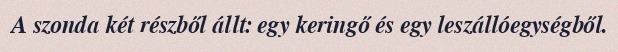
A szonda két részből állt: egy keringő és egy leszállóegységből.